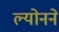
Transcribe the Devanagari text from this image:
ल्योनने